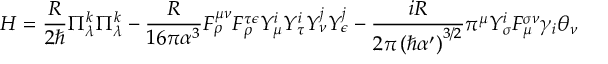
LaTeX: H = \frac { R } { 2 \hbar } \Pi _ { \lambda } ^ { k } \Pi _ { \lambda } ^ { k } - \frac { R } { 1 6 \pi \alpha ^ { 3 } } F _ { \rho } ^ { \mu \nu } F _ { \rho } ^ { \tau \epsilon } Y _ { \mu } ^ { i } Y _ { \tau } ^ { i } Y _ { \nu } ^ { j } Y _ { \epsilon } ^ { j } - \frac { i R } { { 2 \pi } \left( \hbar \alpha ^ { \prime } \right) ^ { 3 / 2 } } \pi ^ { \mu } Y _ { \sigma } ^ { i } F _ { \mu } ^ { \sigma \nu } \gamma _ { i } \theta _ { \nu }